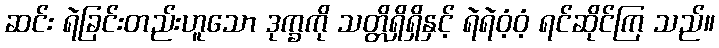
ဆင်း ရဲခြင်းတည်းဟူသော ဒုက္ခကို သတ္တိရှိရှိနှင့် ရဲရဲဝံ့ဝံ့ ရင်ဆိုင်ကြ သည်။